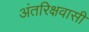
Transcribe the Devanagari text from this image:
अंतरिक्षवासी